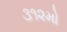
૩૧૨મો